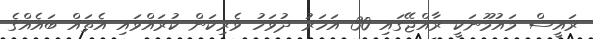
ރައީސް މައުމޫނަކީ ރާއްޖޭގައި 30 އަހަރު ދުވަހު ވެރިކަން ކުރައްވައި އެތައް ބައެއްގެ